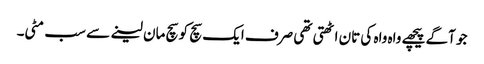
جو آگے پیچھے واہ واہ کی تان اٹھتی تھی صرف ایک سچ کو سچ مان لینے سے سب مٹی۔